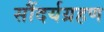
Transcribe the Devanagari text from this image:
सौंदर्यग्रहण